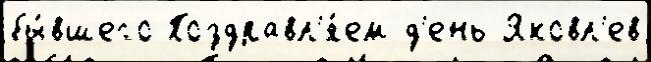
бы́вшего Поздравл'я́ем д'ень Яковл'ев